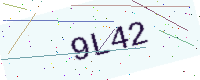
Text: 9L42